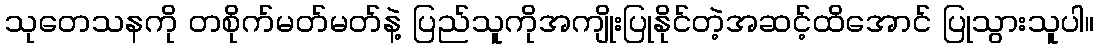
သုတေသနကို တစိုက်မတ်မတ်နဲ့ ပြည်သူကိုအကျိုးပြုနိုင်တဲ့အဆင့်ထိအောင် ပြုသွားသူပါ။